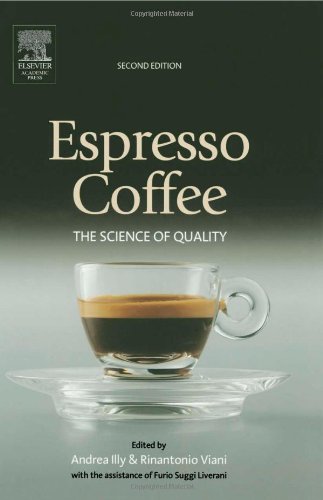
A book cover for Espresso Coffee, Second Edition: The Science of Quality; Cookbooks, Food & Wine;